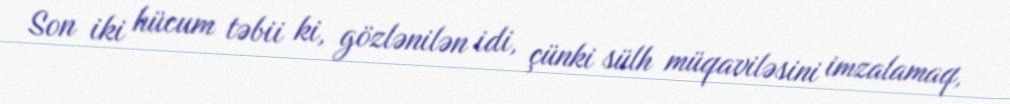
Son iki hücum təbii ki, gözlənilən idi, çünki sülh müqaviləsini imzalamaq,